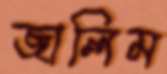
জালিম